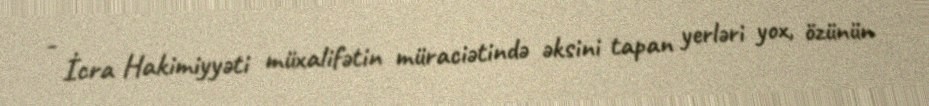
- İcra Hakimiyyəti müxalifətin müraciətində əksini tapan yerləri yox, özünün